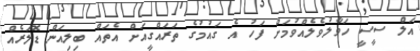
އަލް ސީސީ ހަވާލުވެލެއްވުމަށް ފަހު އެ ގައުމުގެ ތަރައްގީއަށް އެތައް ބިލިއަން ޑޮލަރެއް